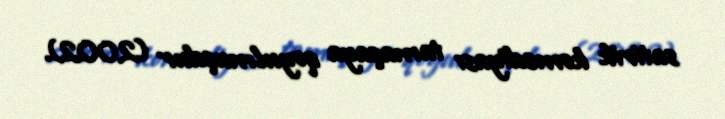
satirik komediyası tamaşaya qoyulmuşdur (2002).